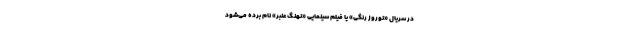
در سریال «نوروز رنگی» یا فیلم سینمایی «نهنگ عنبر» نام برده می‌شود